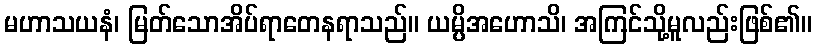
မဟာသယနံ၊ မြတ်သောအိပ်ရာတေနရာသည်။ ယမ္ပိအဟောသိ၊ အကြင်သို့မူလည်းဖြစ်၏။